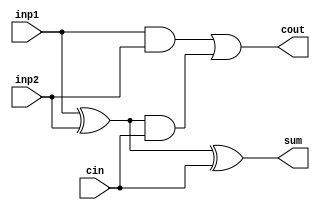
module Full_adder(sum,cout,cin,inp1,inp2);

input cin, inp1, inp2;
output sum,cout;
wire w1,w2,w3;
xor x1(w1,inp1,inp2);
xor x2(sum,w1,cin);
and a1(w2,inp1,inp2);
and a2(w3,w1,cin);
or  o1(cout,w2,w3);

endmodule